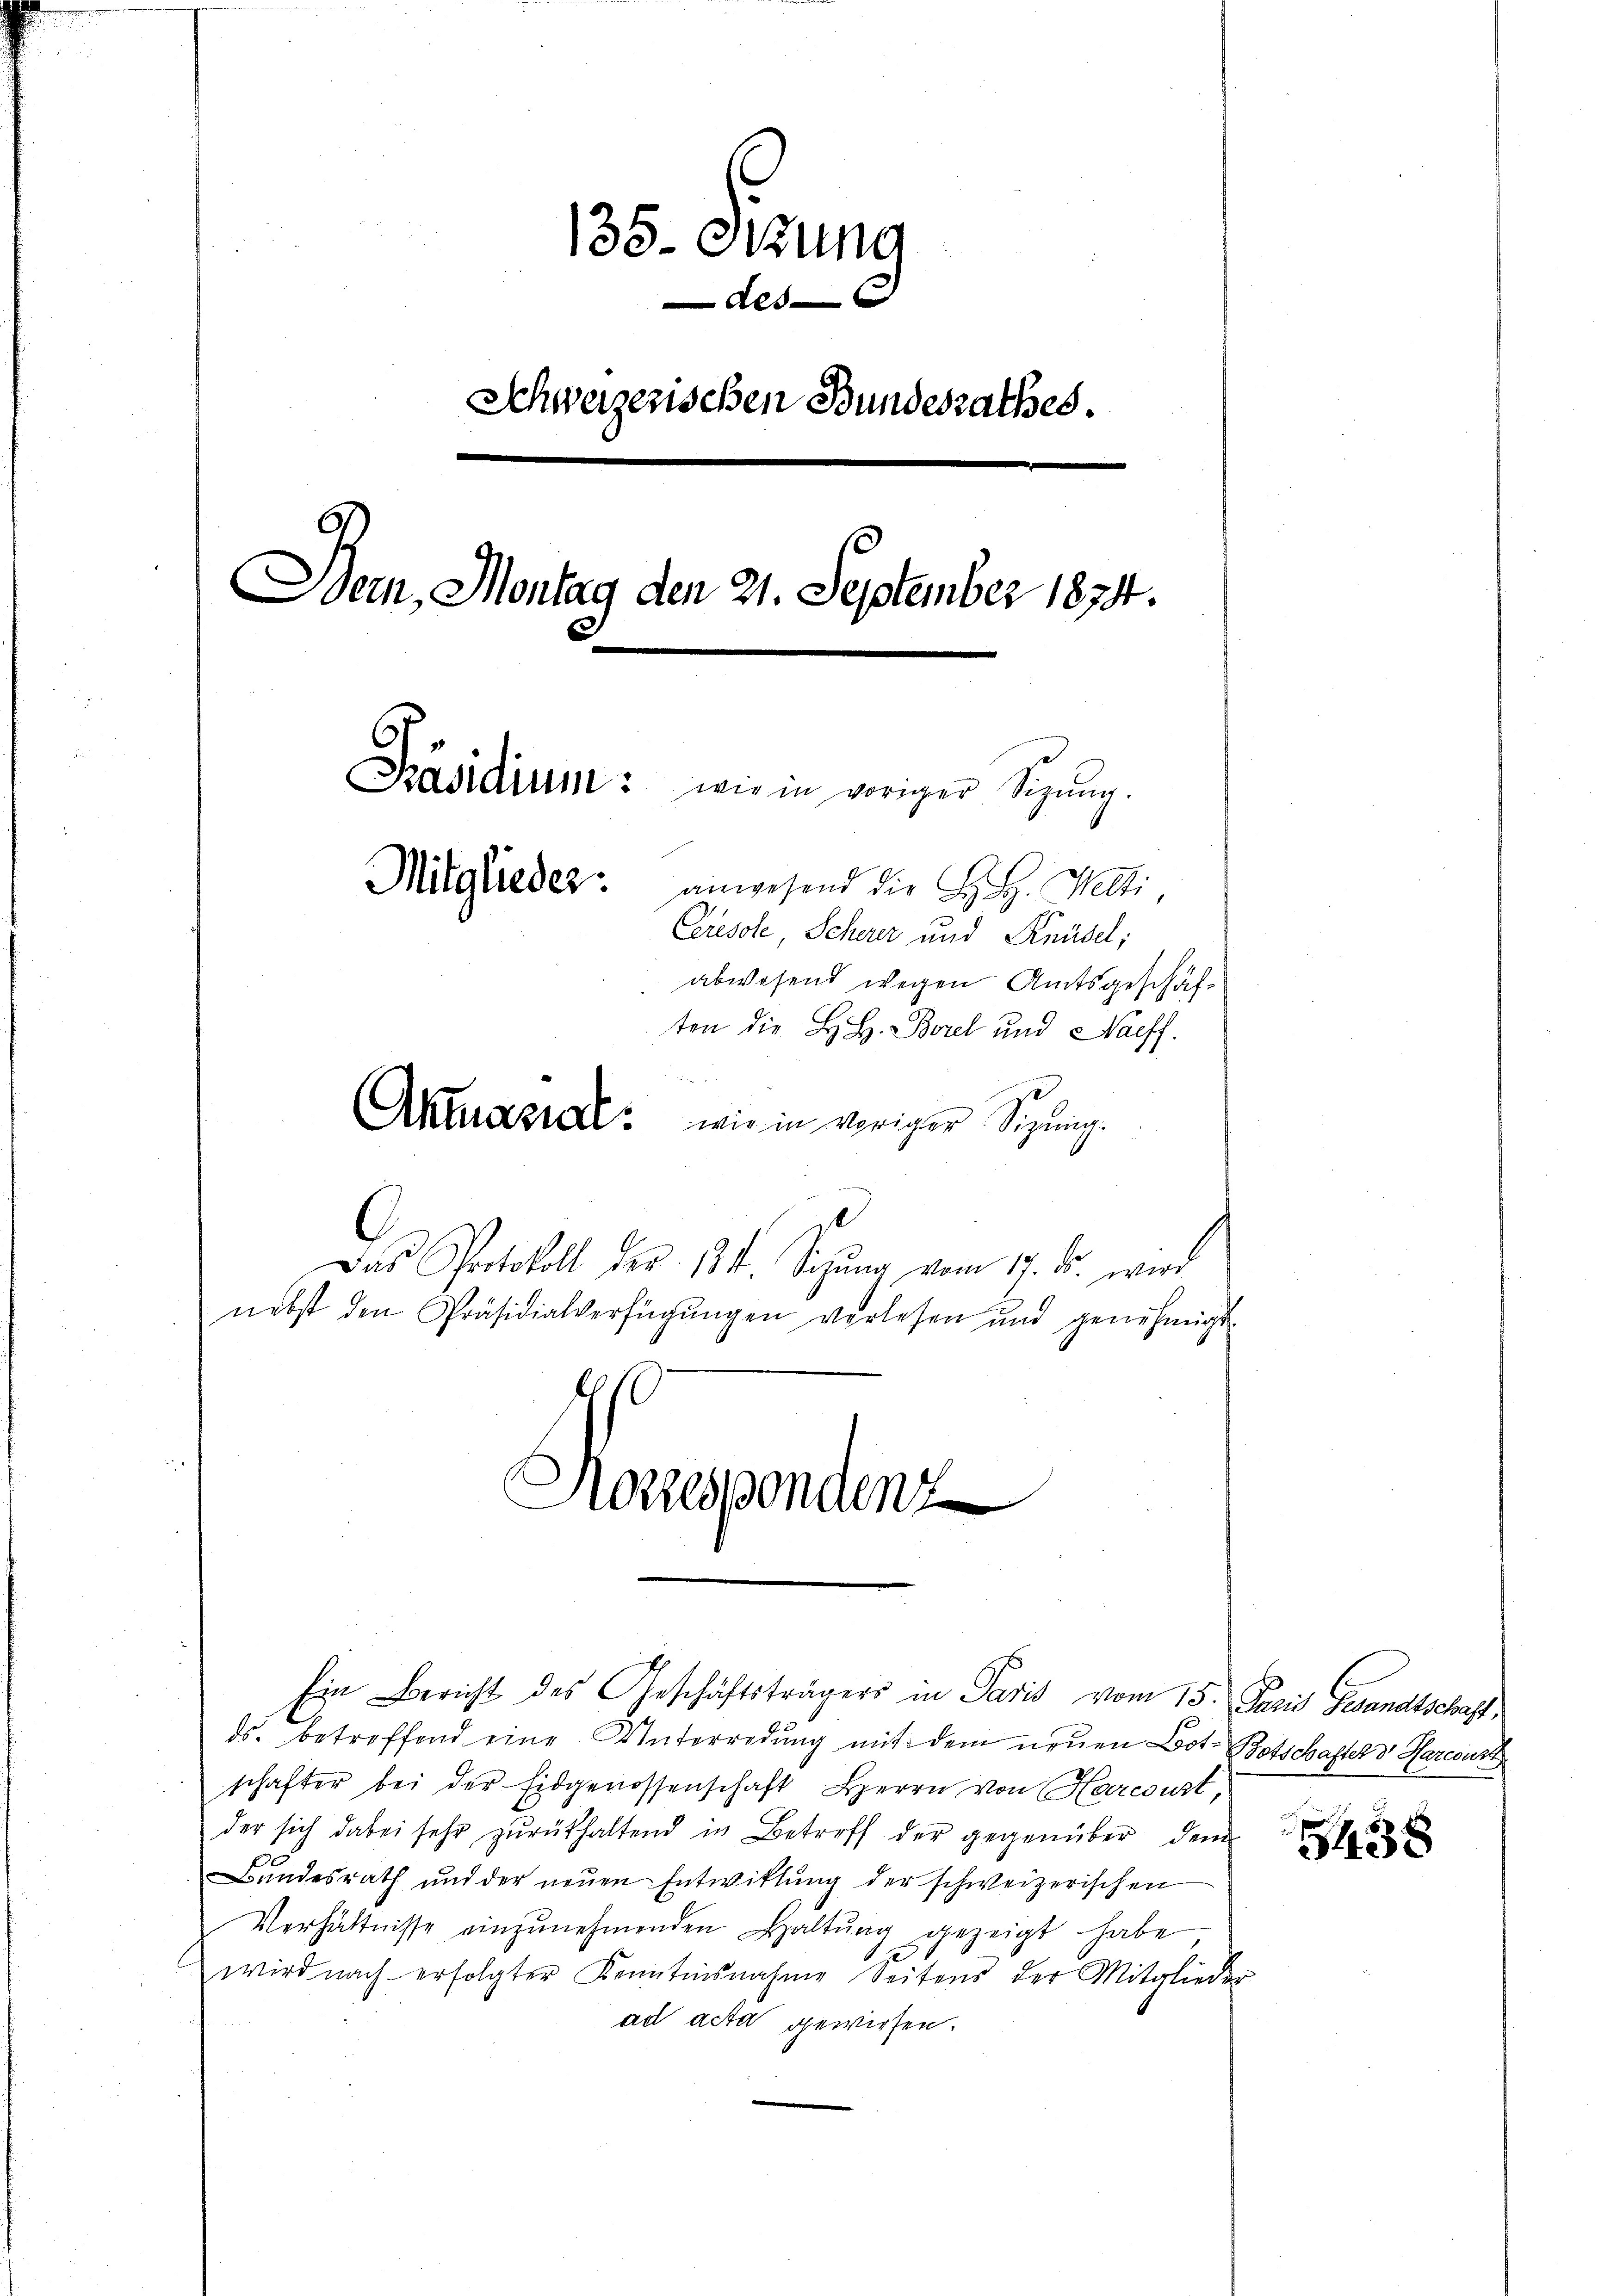
135. Sizung
Als
Schweizerischen Bundesrathes.
Dein, Montag den 21. September 1874.
Präsidium: wie in voriger Sizung.
Mitglieder: anwesend die H. H. Welti
Ceresole, Scherer und Knüsel;
abwesend wegen Amtsgeschäften die H. H. Borel und Naeff.
Akhrasial: wie in voriger Sizung.

Aorrespondenz

Das Protokoll der 124. Sezŭng vom 17. ds. wird
nebst den Präsidialverfügŭngen verlesen und genehmigt
E

Ein Bericht des Geschäftsträgers in Paris vom 15. Jani Gesandtschaft,
ds. betreffend eine Unterredung mit dem neŭen Bot-Botschafter Harcourt
schafter bei der Eidgenossenschaft Herrn von Harcourt,
der sich dabei sehr zurückhaltend in Betreff der gegenüber dem
Bundesrath und der neŭen Entwittŭng der schweizerischen
Verhältnisse einzŭnehmenden Haltŭng gezeigt habe,
wird nach erfolgter Kenntnisnahme Seitens der Mitglieder
ad acta gewiesen.

438